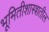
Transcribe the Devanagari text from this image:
भूमितीशास्त्रातील